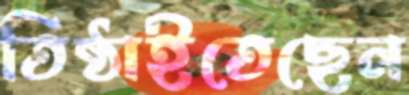
তিষ্ঠাইতেছেন